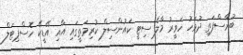
ބުރާސްފަތި ދުވަހު ހަވީރު މާލެ ސިޓީ ކައުންސިލް ކުރިމަތީގައި އާއި އޭޑީކޭ ހޮސްޕިޓަލް